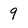
Character: 9